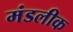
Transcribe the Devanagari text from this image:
मंडलीक